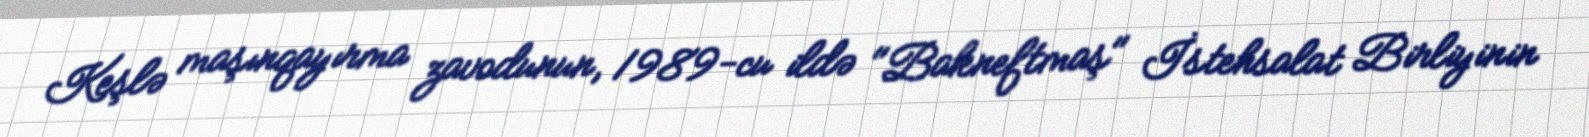
Keşlə maşınqayırma zavodunun, 1989-cu ildə "Bakneftmaş" İstehsalat Birliyinin